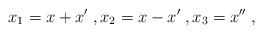
LaTeX: \begin{align*}x_1 = x + x' \;, x_2 = x - x' \;, x_3 = x'' \;,\end{align*}